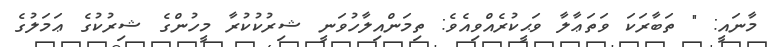
މާނައީ: " ތަބާރަކަ ވަތަޢާލާ ވަޙީކުރެއްވިއެވެ: ތިމަންއިލާހުވަނީ ޝިރުކުކުރާ މީހުންގެ ޝިރުކުގެ ޢަމަލުގެ